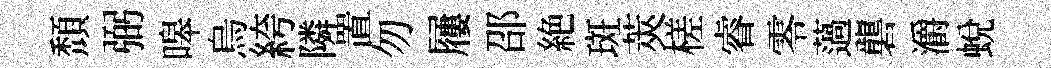
頹弼嗥烏絝隣置勿屨邵絶斑莢槎睿零薖礱灂蛻